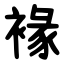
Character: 褖